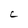
Character: C